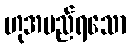
ဟုအမည်ရသော